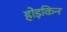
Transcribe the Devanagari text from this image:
होड़किन